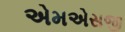
એમએસજી